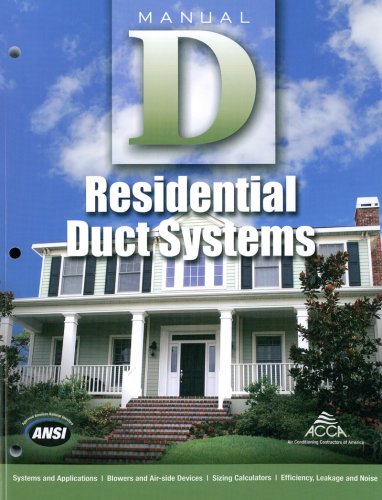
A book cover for Manual D Residential Duct Systems; Hank Rutkowski; Engineering & Transportation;